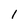
Character: 1